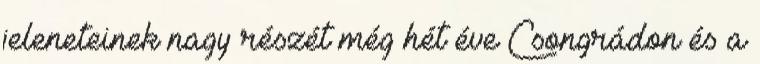
jeleneteinek nagy részét még hét éve Csongrádon és a